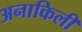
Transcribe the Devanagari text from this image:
अनाकिली